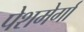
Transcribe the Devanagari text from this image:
पेशमेर्गा